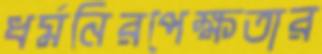
ধর্মনিরপেক্ষতার